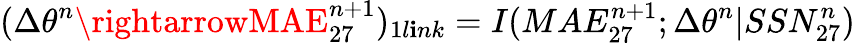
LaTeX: \large(\Delta\theta^{n}\rightarrowMAE_{27}^{n+1}\large)_{1l\mathbf{i}nk}=I(MAE_{27}^{n+1};\Delta\theta^{n}|SSN_{27}^{n})